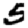
Digit: 5